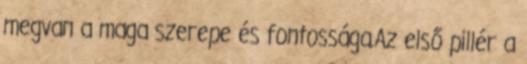
megvan a maga szerepe és fontossága.Az első pillér a